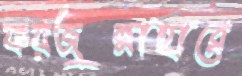
ফয়জুন্নাহারে